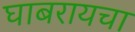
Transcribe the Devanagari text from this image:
घाबरायचा